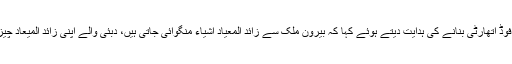
انہوں نے اسلام آباد کی اپنی فوڈ اتھارٹی بنانے کی ہدایت دیتے ہوئے کہا کہ بیرون ملک سے زائد المعیاد اشیاء منگوائی جاتی ہیں، دبئی والے اپنی زائد المیعاد چیزیں پاکستان بھجوا دیتے ہیں۔